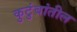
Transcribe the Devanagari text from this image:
कुटुंबांतील